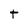
Character: t